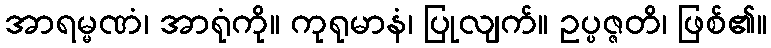
အာရမ္မဏံ၊ အာရုံကို။ ကုရုမာနံ၊ ပြုလျက်။ ဥပ္ပဇ္ဇတိ၊ ဖြစ်၏။